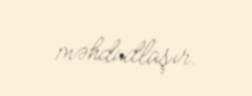
məhdudlaşır.